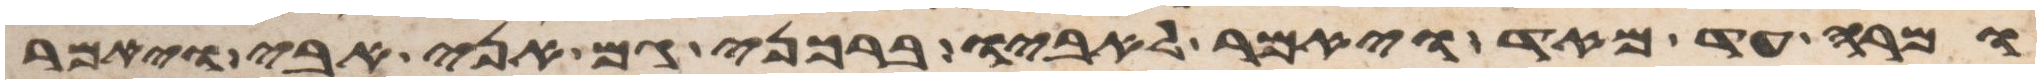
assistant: ומרה עד מאד ויאמר לאביו ברכני גם אני אבי ויאמר